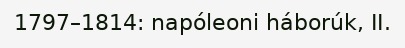
1797–1814: napóleoni háborúk, II.